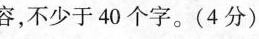
容，不少于40个字。(4分)